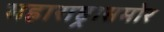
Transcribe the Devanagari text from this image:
महाराष्ट्रासमोर